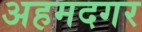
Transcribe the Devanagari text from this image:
अहमदगर